Annual vaccination report of Bihar and Orissa - 1911-1928
Year: 1911
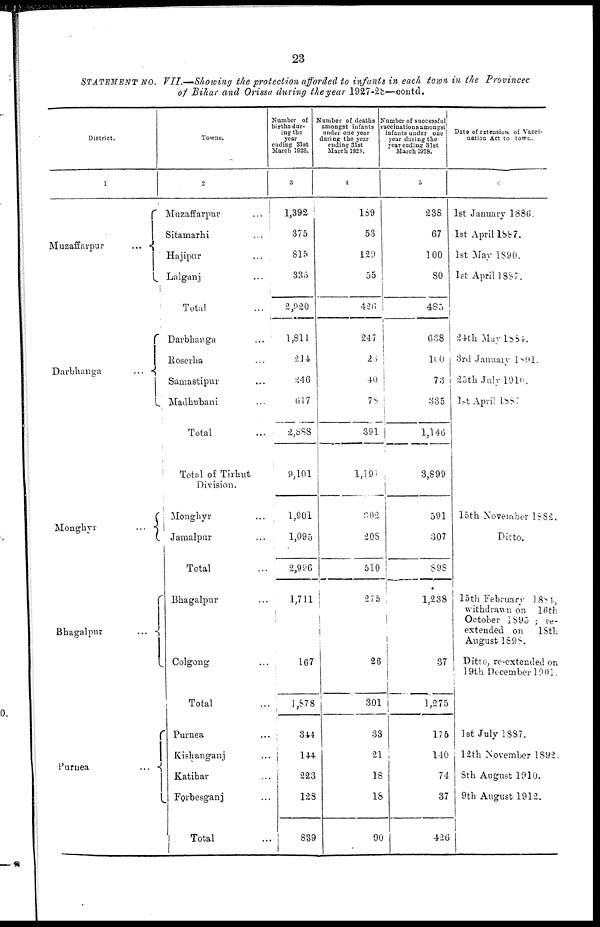
23
STATEMENT NO. VII.—Showing the protection afforded to infants in each town in the Provincec
of Bihar and Orissa during the year 1927-28—contd.
District.
1
Muzaffarpur
...
Darbhanga
...
Monghyr
...
Bhagalpur
...
Purnea
...
Towns.
2
Muzaffarpur ...
Sitamarhi ...
Hajipur ...
Lalganj ...
Total ...
Darbhanga ...
Roserha ...
Samastipur
Madhubani ...
Total...
Total of Tirhut
Division.
Monghyr ...
Jamalpur ...
Total ...
Bhagalpur ...
Colgong ...
Total ...
Purnea ...
Kishanganj ...
Katihar ...
Forbesganj ...
Total ...
Number of
births dur-
ing the
year
ending 31st
March 1928.
3
1,392
375
815
336
2,920
1,811
214
246
617
2,888
9,101
1,901
1,095
2,996
1,711
167
1,878
344
144
223
128
839
Number of deaths
amongst infants
under one year
during the year
ending 31st
March 1928.
4
189
53
129
55
426
247
26
40
78
391
1,191
302
208
510
275
26
301
33
21
18
18
90
Number of successful
vaccinations amongst
infants under one
year during the
year ending 31st
March 1928.
5
238
67
100
80
485
638
100
73
335
1,146
3,899
591
307
898
1,238
37
1,275
175
140
74
37
426
Date of extension of Vacci-
nation Act to town.
6
l6t January 1886.
1st April 1887.
1st May 1890.
1st April 1887.
24th May 1884.
3rd January 1891.
25th July 1910.
1st April 1887
15th November 1882.
Ditto.
15th February 1884
withdrawn on 16th
October 1895 ; re-
extended on 18th
August 1898.
Ditto, re-extended on
19th December 1901.
1st July 1887.
12th November 1892.
8th August 1910.
9th August 1912.